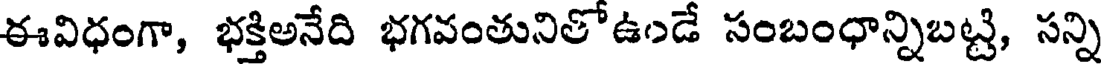
ఈవిధంగా, భక్తిఅనేది భగవంతునితో ఉండే సంబంధాన్నిబట్టి, సన్ని